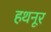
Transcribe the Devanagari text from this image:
हथनूर